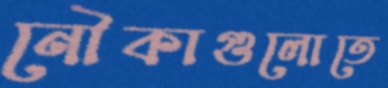
নৌকাগুলোতে